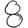
Digit: 8